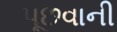
પૂછવાની